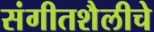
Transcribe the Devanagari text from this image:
संगीतशैलीचे